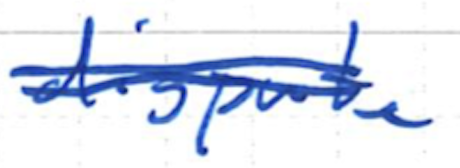
Text: dispute
Cross-out: mix
Writing tool: ballpoint